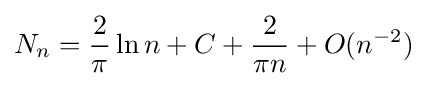
N_{n}={\frac {2}{\pi }}\ln n+C+{\frac {2}{\pi n}}+O(n^{-2})